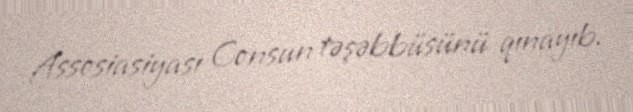
Assosiasiyası Consun təşəbbüsünü qınayıb.